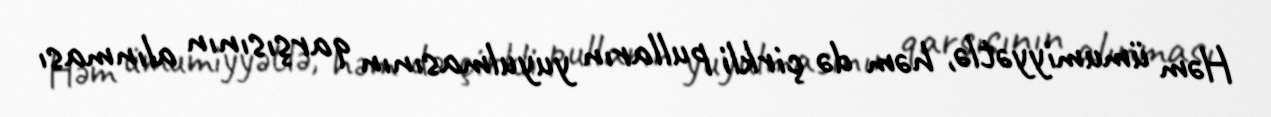
Həm ümumiyyətlə, həm də çirkli pulların yuyulmasının qarşısının alınması